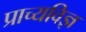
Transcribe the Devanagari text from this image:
प्राच्यविज्ञ